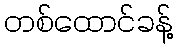
တစ်ထောင်ခန့်